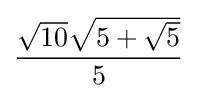
{\frac {{\sqrt {10}}{\sqrt {5+{\sqrt {5}}}}}{5}}